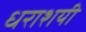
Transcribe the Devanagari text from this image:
धराशयी